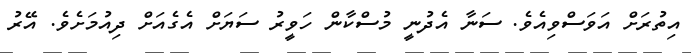
އިތުރަށް އަވަސްވިއެވެ. ސަނާ އެދުނީ މުސްކާން ހަވީރު ސަޔަށް އެގެއަށް ދިއުމަށެވެ. އޭރު